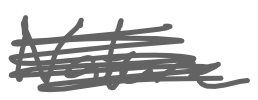
Text: Nature
Cross-out: scratch
Writing tool: digital_gray